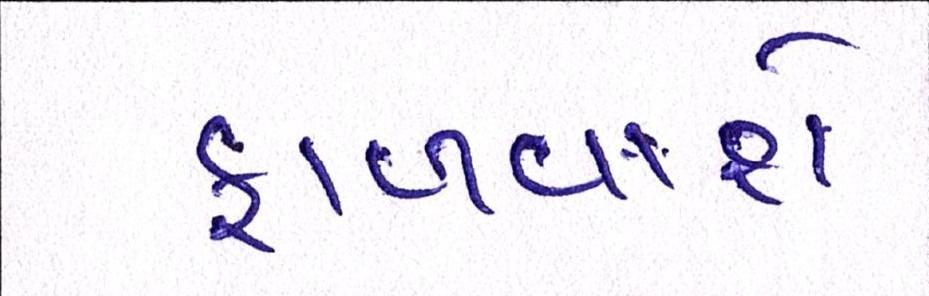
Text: ફાળવાશે